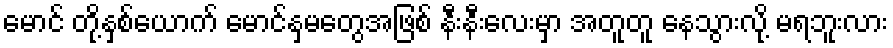
မောင် တို့နှစ်ယောက် မောင်နှမတွေအဖြစ် နီးနီးလေးမှာ အတူတူ နေသွားလို့ မရဘူးလား